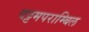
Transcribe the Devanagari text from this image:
वट्टमपराम्बिल